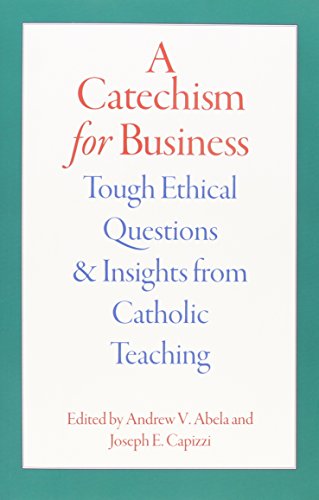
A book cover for A Catechism for Business: Tough Ethical Questions and Insights from Catholic Teaching; Andrew V. Abela; Christian Books & Bibles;